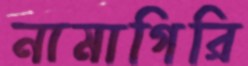
নামাগিরি